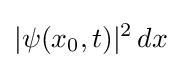
|\psi (x_{0},t)|^{2}\,dx